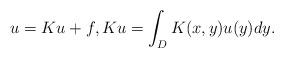
LaTeX: \begin{align*} u = Ku +f,Ku = \int_{D}K(x,y)u(y)dy. \end{align*}